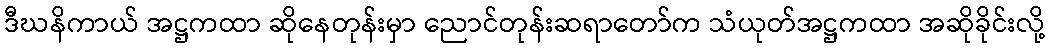
ဒီဃနိကာယ် အဋ္ဌကထာ ဆိုနေတုန်းမှာ ညောင်တုန်းဆရာတော်က သံယုတ်အဋ္ဌကထာ အဆိုခိုင်းလို့